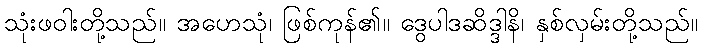
သုံးဖဝါးတို့သည်။ အဟေသုံ၊ ဖြစ်ကုန်၏။ ဒွေပါဒဆိဒ္ဒါနိ၊ နှစ်လှမ်းတို့သည်။